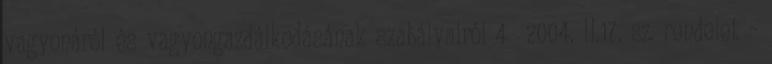
vagyonáról és vagyongazdálkodásának szabályairól 4 2004. II.17. sz. rendelet –